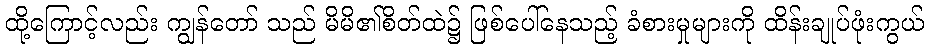
ထို့ကြောင့်လည်း ကျွန်တော် သည် မိမိ၏စိတ်ထဲ၌ ဖြစ်ပေါ်နေသည့် ခံစားမှုများကို ထိန်းချုပ်ဖုံးကွယ်